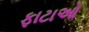
ફાટાઓ